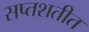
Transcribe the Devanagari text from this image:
सप्तशतीत